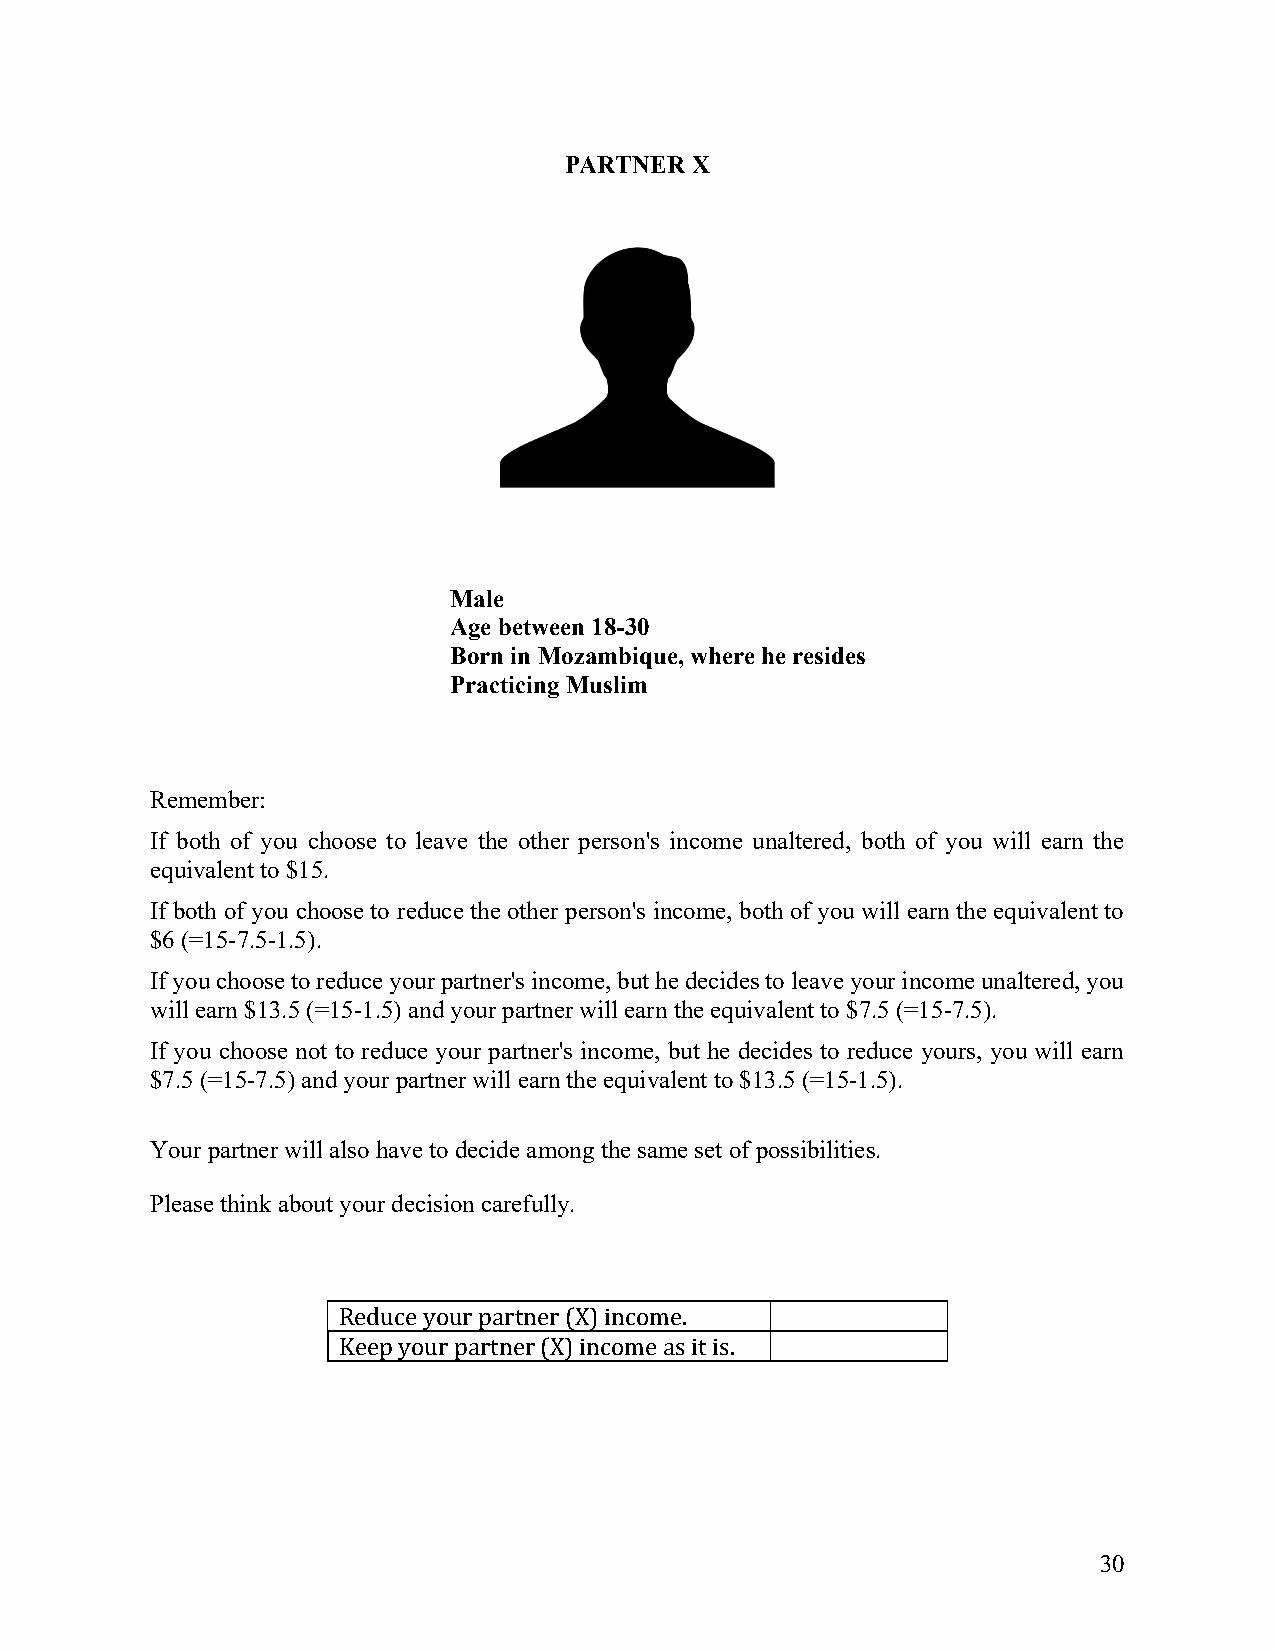
PARTNER  X
 Male
 Age between 18-30
 Born in Mozambique, where he resides
 Practicing Muslim
 Remember:
 If both of you choose to leave the other person's income unaltered, both of you will earn the
 equivalent to $15.
 If both of you choose to reduce the other person's income, both of you will earn the equivalent to
 $6 (=15-7.5-1.5).
 If you choose to reduce your partner's income, but he decides to leave your income unaltered, you
 will earn $13.5 (=15-1.5) and your partner will earn the equivalent to $7.5 (=15-7.5).
 If you choose not to reduce your partner's income, but he decides to reduce yours, you will earn
 $7.5 (=15-7.5) and your partner will earn the equivalent to $13.5 (=15-1.5).
 Your partner will also have to decide among the same set of possibilities.
 Please think about your decision carefully.
 Reduce your partner (X) income.
 Keep your partner (X) income as it is.
 30